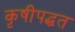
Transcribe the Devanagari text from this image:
कृषीपद्धत